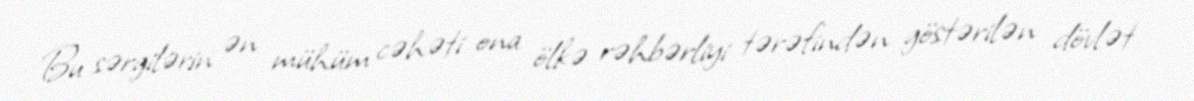
Bu sərgilərin ən mühüm cəhəti ona ölkə rəhbərliyi tərəfindən göstərilən dövlət